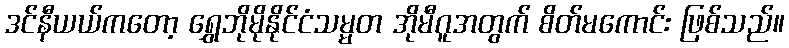
ဒင်နီယယ်ကတော့ ရွှေဘိုမိုနိုင်ငံသမ္မတ အိုမီဂူအတွက် စိတ်မကောင်း ဖြစ်သည်။